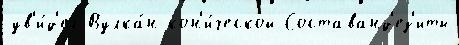
ув'и́д'ел Вулка́н кон'и́ческой Составанд'ез'иты